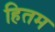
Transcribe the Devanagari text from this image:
हितम